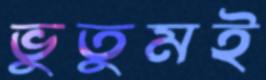
ভুতুমই